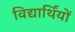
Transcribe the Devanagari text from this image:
विद्यार्थिंयों